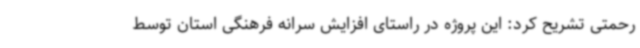
رحمتی تشریح کرد: این پروژه در راستای افزایش سرانه فرهنگی استان توسط